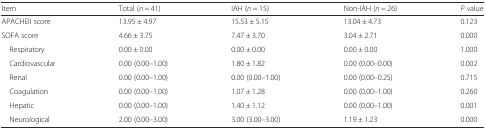
<table><thead><tr><td><b>Item</b></td><td><b>Total (<i>n</i> = 41)</b></td><td><b>IAH (<i>n</i> = 15)</b></td><td><b>Non-IAH (<i>n</i> = 26)</b></td><td><b><i>P</i> value</b></td></tr></thead><tbody><tr><td>APACHEII score</td><td>13.95 ± 4.97</td><td>15.53 ± 5.15</td><td>13.04 ± 4.73</td><td>0.123</td></tr><tr><td>SOFA score</td><td>4.66 ± 3.75</td><td>7.47 ± 3.70</td><td>3.04 ± 2.71</td><td>0.000</td></tr><tr><td> Respiratory</td><td>0.00 ± 0.00</td><td>0.00 ± 0.00</td><td>0.00 ± 0.00</td><td>1.000</td></tr><tr><td> Cardiovascular</td><td>0.00 (0.00–1.00)</td><td>1.80 ± 1.82</td><td>0.00 (0.00–0.00)</td><td>0.002</td></tr><tr><td> Renal</td><td>0.00 (0.00–1.00)</td><td>0.00 (0.00–1.00)</td><td>0.00 (0.00–0.25)</td><td>0.715</td></tr><tr><td> Coagulation</td><td>0.00 (0.00–1.00)</td><td>1.07 ± 1.28</td><td>0.00 (0.00–1.00)</td><td>0.260</td></tr><tr><td> Hepatic</td><td>0.00 (0.00–1.00)</td><td>1.40 ± 1.12</td><td>0.00 (0.00–1.00)</td><td>0.001</td></tr><tr><td> Neurological</td><td>2.00 (0.00–3.00)</td><td>3.00 (3.00–3.00)</td><td>1.19 ± 1.23</td><td>0.000</td></tr></tbody></table>